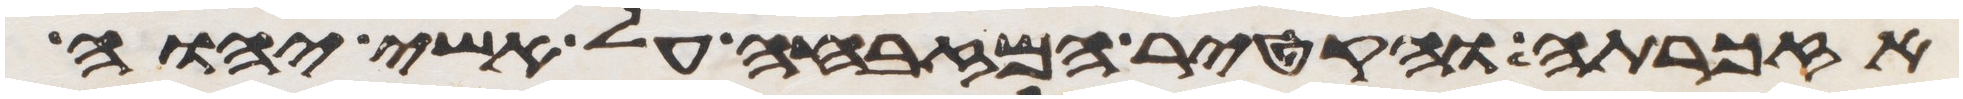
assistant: אזכרתה והקטיר המזבחה על אשי יהוה